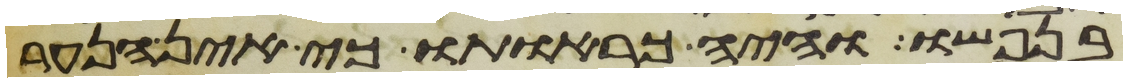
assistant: בנפשו והיה כראותו כי אין הנער